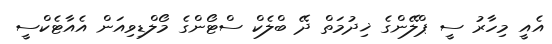
އެއީ މިހާރު ސީ ޕްލޭންގެ ޚިދުމަތް ދޭ ބްލެކް ސްޓޯންގެ މޯލްޑިވިއަން އެއާޓެކްސީ